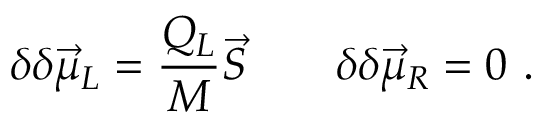
\delta \delta \vec { \mu } _ { L } = { \frac { Q _ { L } } { M } } \vec { S } \qquad \delta \delta \vec { \mu } _ { R } = 0 \ .